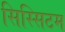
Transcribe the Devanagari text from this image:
सिस्सिटम